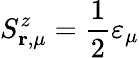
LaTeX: S_{\mathbf{r},\mu}^{z}=\frac{1}{2}\varepsilon_{\mu}